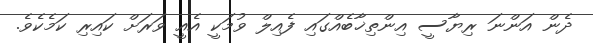
ދެން އަންނަ ރިޔާސީ އިންތިޚާބެއްގައި ފެއިލް ވުމަކީ އެއީ ވަރަށް ކައިރި ކަމެކެވެ.